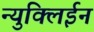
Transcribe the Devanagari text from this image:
न्युक्लिईन